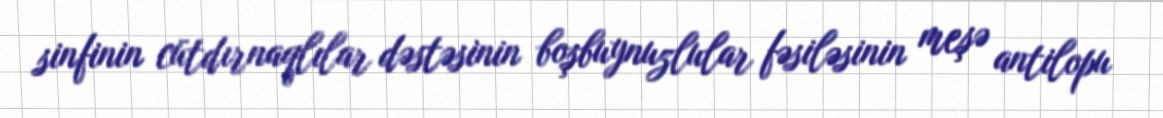
sinfinin cütdırnaqlılar dəstəsinin boşbuynuzlular fəsiləsinin meşə antilopu